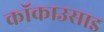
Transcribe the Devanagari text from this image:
कॉकाउसाइ